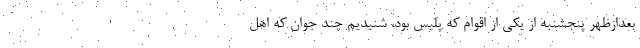
بعدازظهر پنجشنبه از یکی از اقوام که پلیس بود، شنیدیم چند جوان که اهل